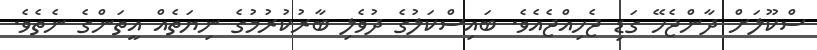
ސްކޫލަށް ދާންޖެހޭ ގަޑި ޖެހިއްޖެއެވެ. ބައިސްކަލުގެ ދުވެލި ބާރުކުރުމުގެ ނިޔަތެއް އީތަންގެ ނެތެވެ.